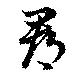
郡